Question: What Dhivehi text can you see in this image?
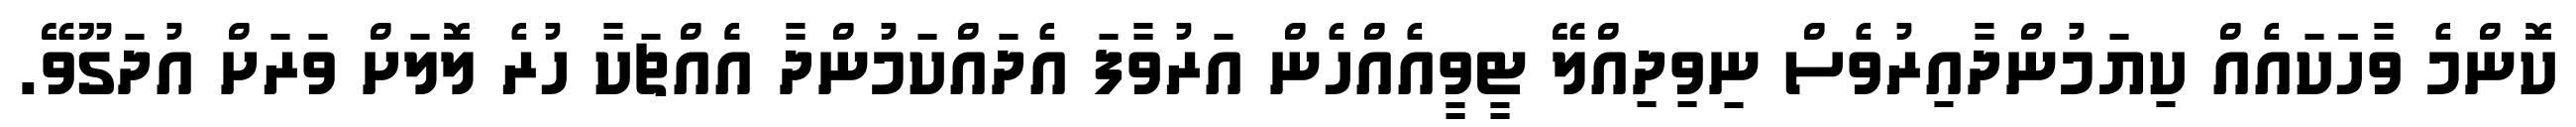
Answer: ކޮންމެ ވާހަަކައެއް ކިޔަމުންދާއިރުވެސް ނިވިދިއްލޭ ޓީވީއެއްހެން އަރުވާފަ އެދައްކަމުންދާ އެެއްޗަކާ ހުރެ ލޮލަށް ވަރަށް އުދަގޫވޭ.